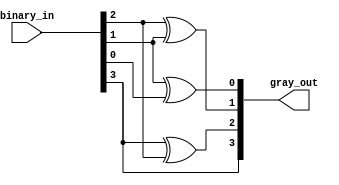
`timescale 1ns / 1ps

module binary2gray(
    input [3:0] binary_in,
    output [3:0] gray_out
    );
    
    buf buf1(gray_out[3], binary_in[3]);
    xor xor1(gray_out[2], binary_in[3], binary_in[2]),
        xor2(gray_out[1], binary_in[2], binary_in[1]),
	    xor3(gray_out[0], binary_in[1], binary_in[0]);
	    
endmodule